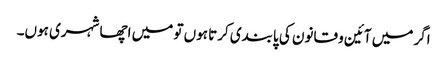
اگر میں آئین و قانون کی پابندی کرتا ہوں تو میں اچھا شہری ہوں۔